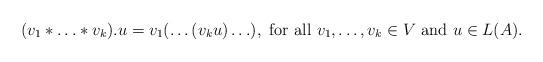
LaTeX: \begin{align*} (v_1*\ldots *v_k).u=v_1(\ldots (v_ku)\ldots ), \mbox{ for all }v_1, \ldots, v_k\in V \mbox{ and } u\in L(A).\end{align*}